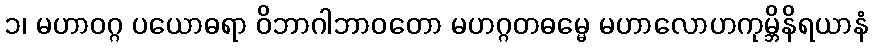
၁၊ မဟာဝဂ္ဂ ပယောဓရာ ဝိဘာဂါဘာဝတော မဟဂ္ဂတဓမ္မေ မဟာလောဟကုမ္ဘိနိရယာနံ